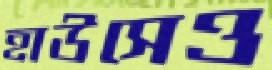
হাউসেও